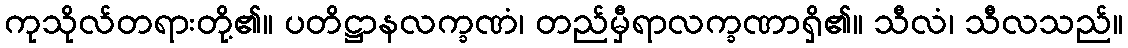
ကုသိုလ်တရားတို့၏။ ပတိဋ္ဌာနလက္ခဏံ၊ တည်မှီရာလက္ခဏာရှိ၏။ သီလံ၊ သီလသည်။